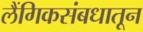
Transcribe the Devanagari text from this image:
लैंगिकसंबधातून